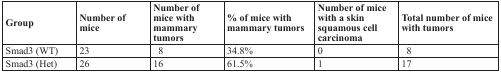
<table><thead><tr><td><b>Group</b></td><td><b>Number of mice</b></td><td><b>Number of mice with mammary tumors</b></td><td><b>% of mice with mammary tumors</b></td><td><b>Number of mice with a skin squamous cell carcinoma</b></td><td><b>Total number of mice with tumors</b></td></tr></thead><tbody><tr><td>Smad3 (WT)</td><td>23</td><td> 8</td><td>34.8%</td><td>0</td><td> 8</td></tr><tr><td>Smad3 (Het)</td><td>26</td><td>16</td><td>61.5%</td><td>1</td><td>17</td></tr></tbody></table>